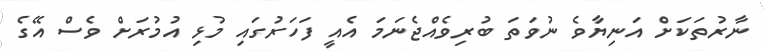
ނާރުތަކަށް އަނިޔާވެ ނުވަތަ ބުރިވެއްޖެނަމަ އެއީ ފަހަރުގައި މުޅި އުމުރަށް ވެސް އޭގެ